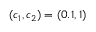
( c _ { 1 } , c _ { 2 } ) = ( 0 . 1 , 1 )